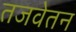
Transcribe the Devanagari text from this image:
तजवेतन